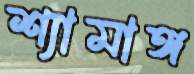
শ্যামাঙ্গ